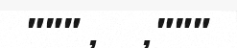
""" ,    ,"""